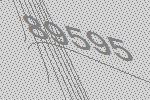
89595